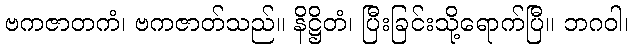
ဗကဇာတကံ၊ ဗကဇာတ်သည်။ နိဋ္ဌိတံ၊ ပြီးခြင်းသို့ရောက်ပြီ။ ဘဂဝါ၊